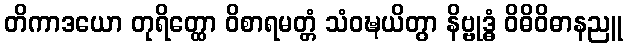
တိကာဒယော တုရိတ္ထော ဝိစာရမတ္တံ သံဝဍ္ဎယိတွာ နိဗ္ဗုဒ္ဓံ ဝိဓိဝိဓာနညူ